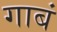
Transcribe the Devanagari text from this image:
गाबं